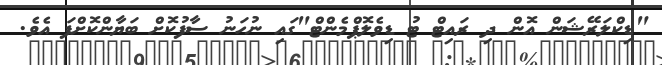
"ޑިކްލަރޭޝަން އޮން ދި ރައިޓް ޓު ޑިވެލޮޕްމެންޓް"ގައި ނުހަނު ސާފުކޮށް ބަޔާންކޮށްފަ އެވެ.